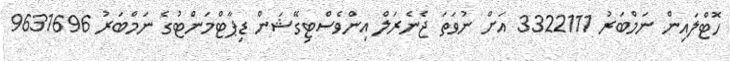
ހޮޓްލައިން ނަމްބަރު 3322111 އަށް ނުވަތަ ޖެނެރަލް އިންވެސްޓިގޭޝަން ޑިޕާޓްމަންޓުގެ ނަމްބަރު 9631696